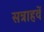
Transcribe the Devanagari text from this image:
सत्राहवें